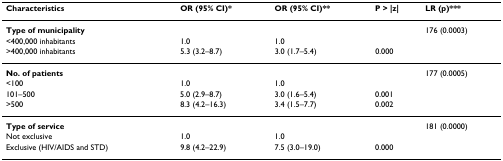
<table><thead><tr><td><b>Characteristics</b></td><td><b>OR (95% CI)*</b></td><td><b>OR (95% CI)**</b></td><td><b>P &gt; |z|</b></td><td><b>LR (p)***</b></td></tr></thead><tbody><tr><td><b>Type of municipality</b></td><td></td><td></td><td></td><td>176 (0.0003)</td></tr><tr><td>&lt;400,000 inhabitants</td><td>1.0</td><td>1.0</td><td></td><td></td></tr><tr><td>&gt;400,000 inhabitants</td><td>5.3 (3.2–8.7)</td><td>3.0 (1.7–5.4)</td><td>0.000</td><td></td></tr><tr><td><b>No. of patients</b></td><td></td><td></td><td></td><td>177 (0.0005)</td></tr><tr><td>&lt;100</td><td>1.0</td><td>1.0</td><td></td><td></td></tr><tr><td>101–500</td><td>5.0 (2.9–8.7)</td><td>3.0 (1.6–5.4)</td><td>0.001</td><td></td></tr><tr><td>&gt;500</td><td>8.3 (4.2–16.3)</td><td>3.4 (1.5–7.7)</td><td>0.002</td><td></td></tr><tr><td><b>Type of service</b></td><td></td><td></td><td></td><td>181 (0.0000)</td></tr><tr><td>Not exclusive</td><td>1.0</td><td>1.0</td><td></td><td></td></tr><tr><td>Exclusive (HIV/AIDS and STD)</td><td>9.8 (4.2–22.9)</td><td>7.5 (3.0–19.0)</td><td>0.000</td><td></td></tr></tbody></table>